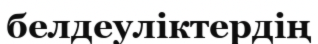
белдеуліктердің